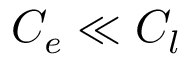
C _ { e } \ll C _ { l }